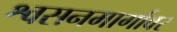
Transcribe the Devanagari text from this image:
श्वसनमार्गावर